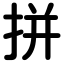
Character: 拼